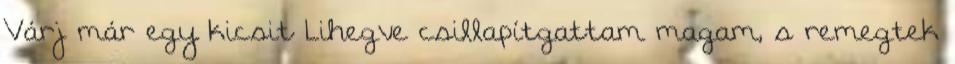
Várj már egy kicsit Lihegve csillapítgattam magam, s remegtek